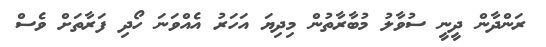
ރަންދާން ދީނީ ސުވާލު މުބާރާތުން މިދިޔަ އަހަރު އެއްވަނަ ހޯދި ފަރާތަށް ވެސް